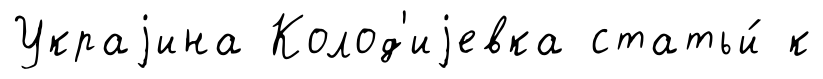
Украjина Колод'иjевка статьи́ к